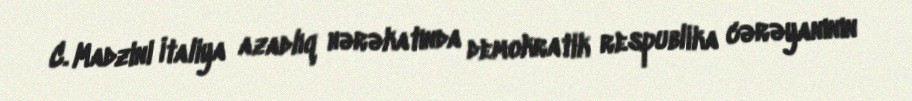
C. Madzini İtaliya azadlıq hərəkatında demokratik respublika cərəyanının